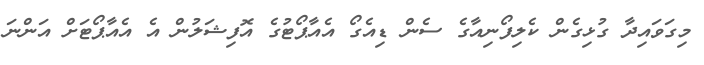
މިގަވައިދާ ގުޅިގެން ކެލިފޯނިއާގެ ސެން ޑިއެގޯ އެއާޕޯޓުގެ އޮފިޝަލުން އެ އެއާޕޯޓަށް އަންނަ